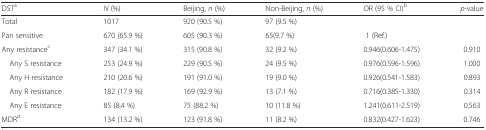
<table><thead><tr><td><b>DST<sup>a</sup></b></td><td><b><i>N</i> (%)</b></td><td><b>Beijing, <i>n</i> (%)</b></td><td><b>Non-Beijing, <i>n</i> (%)</b></td><td><b>OR (95 % CI)<sup>b</sup></b></td><td><b><i>p-</i>value</b></td></tr></thead><tbody><tr><td>Total</td><td>1017</td><td>920 (90.5 %)</td><td>97 (9.5 %)</td><td></td><td></td></tr><tr><td>Pan sensitive</td><td>670 (65.9 %)</td><td>605 (90.3 %)</td><td>65(9.7 %)</td><td> 1 (Ref.) </td><td></td></tr><tr><td>Any resistance<sup>c</sup></td><td>347 (34.1 %)</td><td>315 (90.8 %)</td><td>32 (9.2 %)</td><td>0.946(0.606-1.475)</td><td>0.910</td></tr><tr><td> Any S resistance</td><td>253 (24.9 %)</td><td>229 (90.5 %)</td><td>24 (9.5 %)</td><td>0.976(0.596-1.596)</td><td>1.000</td></tr><tr><td> Any H resistance</td><td>210 (20.6 %)</td><td>191 (91.0 %)</td><td>19 (9.0 %)</td><td>0.926(0.541-1.583)</td><td>0.893</td></tr><tr><td> Any R resistance</td><td>182 (17.9 %)</td><td>169 (92.9 %)</td><td>13 (7.1 %)</td><td>0.716(0.385-1.330)</td><td>0.314</td></tr><tr><td> Any E resistance</td><td>85 (8.4 %)</td><td>75 (88.2 %)</td><td>10 (11.8 %)</td><td>1.241(0.611-2.519)</td><td>0.563</td></tr><tr><td>MDR<sup>d</sup></td><td>134 (13.2 %)</td><td>123 (91.8 %)</td><td>11 (8.2 %)</td><td>0.832(0.427-1.623)</td><td>0.746</td></tr></tbody></table>